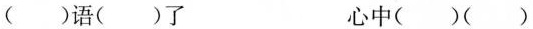
( )语( )了 心中( )( )